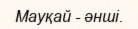
Мауқай - әнші.